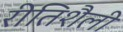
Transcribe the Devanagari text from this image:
रीतिशैली